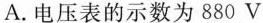
A.电压表的示数为880V